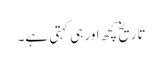
تاریخ کچھ اور ہی کہتی ہے۔